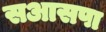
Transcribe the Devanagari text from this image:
सआसपा